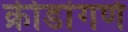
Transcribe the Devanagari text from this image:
क्रीडांगणे